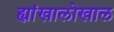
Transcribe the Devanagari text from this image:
ह्यांखालोखाल